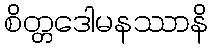
စိတ္တဒေါမနဿာနိ